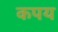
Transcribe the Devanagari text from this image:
कपय